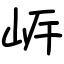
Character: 㟁